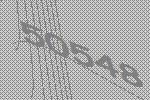
50548